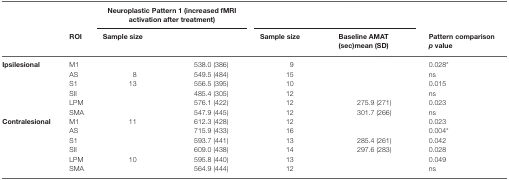
<table><thead><tr><td>[EMPTY_CELL]</td><td>[EMPTY_CELL]</td><td colspan="2"><b>Neuroplastic Pattern 1 (increased fMRI activation after treatment)</b></td><td colspan="2">[EMPTY_CELL]</td></tr><tr><td>[EMPTY_CELL]</td><td><b>ROI</b></td><td><b>Sample size</b></td><td>[EMPTY_CELL]</td><td><b>Sample size</b></td><td><b>Baseline AMAT (sec)mean (SD)</b></td><td><b>Pattern comparison <i>p</i> value</b></td></tr></thead><tbody><tr><td><b>Ipsilesional</b></td><td>M1</td><td>[EMPTY_CELL]</td><td>538.0 (386)</td><td>9</td><td>[EMPTY_CELL]</td><td>0.028*</td></tr><tr><td>[EMPTY_CELL]</td><td>AS</td><td>8</td><td>549.5 (484)</td><td>15</td><td>[EMPTY_CELL]</td><td>ns</td></tr><tr><td>[EMPTY_CELL]</td><td>S1</td><td>13</td><td>556.5 (395)</td><td>10</td><td>[EMPTY_CELL]</td><td>0.015</td></tr><tr><td>[EMPTY_CELL]</td><td>SII</td><td>[EMPTY_CELL]</td><td>485.4 (305)</td><td>12</td><td>[EMPTY_CELL]</td><td>ns</td></tr><tr><td>[EMPTY_CELL]</td><td>LPM</td><td>[EMPTY_CELL]</td><td>576.1 (422)</td><td>12</td><td>275.9 (271)</td><td>0.023</td></tr><tr><td>[EMPTY_CELL]</td><td>SMA</td><td>[EMPTY_CELL]</td><td>547.9 (445)</td><td>12</td><td>301.7 (266)</td><td>ns</td></tr><tr><td><b>Contralesional</b></td><td>M1</td><td>11</td><td>612.3 (428)</td><td>12</td><td>[EMPTY_CELL]</td><td>0.023</td></tr><tr><td>[EMPTY_CELL]</td><td>AS</td><td>[EMPTY_CELL]</td><td>715.9 (433)</td><td>16</td><td>[EMPTY_CELL]</td><td>0.004*</td></tr><tr><td>[EMPTY_CELL]</td><td>S1</td><td>[EMPTY_CELL]</td><td>593.7 (441)</td><td>13</td><td>285.4 (261)</td><td>0.042</td></tr><tr><td>[EMPTY_CELL]</td><td>SII</td><td>[EMPTY_CELL]</td><td>609.0 (438)</td><td>14</td><td>297.6 (283)</td><td>0.028</td></tr><tr><td>[EMPTY_CELL]</td><td>LPM</td><td>10</td><td>595.8 (440)</td><td>13</td><td>[EMPTY_CELL]</td><td>0.049</td></tr><tr><td>[EMPTY_CELL]</td><td>SMA</td><td>[EMPTY_CELL]</td><td>564.9 (444)</td><td>12</td><td>[EMPTY_CELL]</td><td>ns</td></tr></tbody></table>